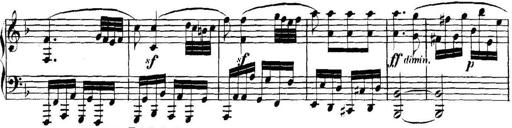
Title: Collected Piano Sonatas
Composer: Muzio Clementi